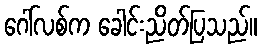
ဂေါ်လစ်က ခေါင်းညိတ်ပြသည်။